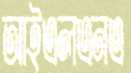
আইএলএনএ